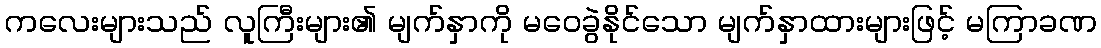
ကလေးများသည် လူကြီးများ၏ မျက်နှာကို မဝေခွဲနိုင်သော မျက်နှာထားများဖြင့် မကြာခဏ